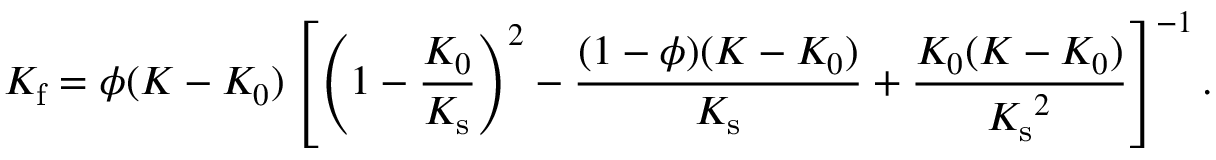
K _ { \mathrm { f } } = \phi ( K - K _ { 0 } ) \left[ \left( 1 - \frac { K _ { 0 } } { K _ { \mathrm { s } } } \right) ^ { 2 } - \frac { ( 1 - \phi ) ( K - K _ { 0 } ) } { K _ { \mathrm { s } } } + \frac { K _ { 0 } ( K - K _ { 0 } ) } { { K _ { \mathrm { s } } } ^ { 2 } } \right] ^ { - 1 } .